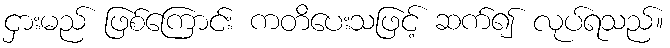
ငှားမည် ဖြစ်ကြောင်း ကတိပေးသဖြင့် ဆက်၍ လုပ်ရသည်။